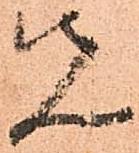
先